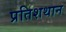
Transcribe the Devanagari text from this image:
प्रतिशथान